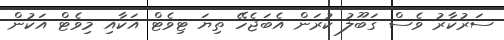
ސަރުކާރު ވެސް ގަބޫލު ކުރަން އެބަޖެހޭ ތިޔަ ޓިވެޓް އަކާއި މިވެޓް އަކުން